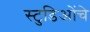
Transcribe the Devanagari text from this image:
स्टुडिओंचे